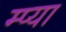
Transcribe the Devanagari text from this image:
म्प्या